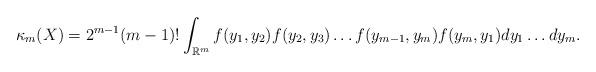
LaTeX: \begin{align*}\kappa_m(X)=2^{m-1}(m-1)! \int_{\mathbb{R}^m} f(y_1,y_2)f(y_2,y_3)\ldots f(y_{m-1},y_m)f(y_m,y_1) dy_1\ldots dy_m.\end{align*}